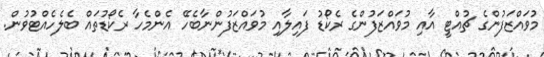
މުވައްޒަފުންގެ ޗުއްޓީ އާއި މުވައްޒަފުންގެ ރެކޯޑު ފައިލާއި މުވައްޒަފުންނާބެހޭ އެންމެހާ ރެކޯޑުތައް ބެލެހެއްޓުވުން.